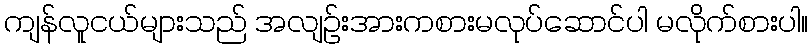
ကျန်လူငယ်များသည် အလျဉ်းအားကစားမလုပ်ဆောင်ပါ မလိုက်စားပါ။